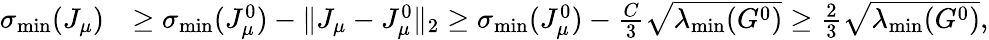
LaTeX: \begin{array}{rl}{\sigma_{\operatorname*{min}}(J_{\mu})}&{\geq\sigma_{\operatorname*{min}}(J_{\mu}^{0})-\| J_{\mu}-J_{\mu}^{0}\| _{2}\geq\sigma_{\operatorname*{min}}(J_{\mu}^{0})-\frac{C}{3}\sqrt{\lambda_{\operatorname*{min}}(G^{0})}\geq\frac{2}{3}\sqrt{\lambda_{\operatorname*{min}}(G^{0})},}\end{array}